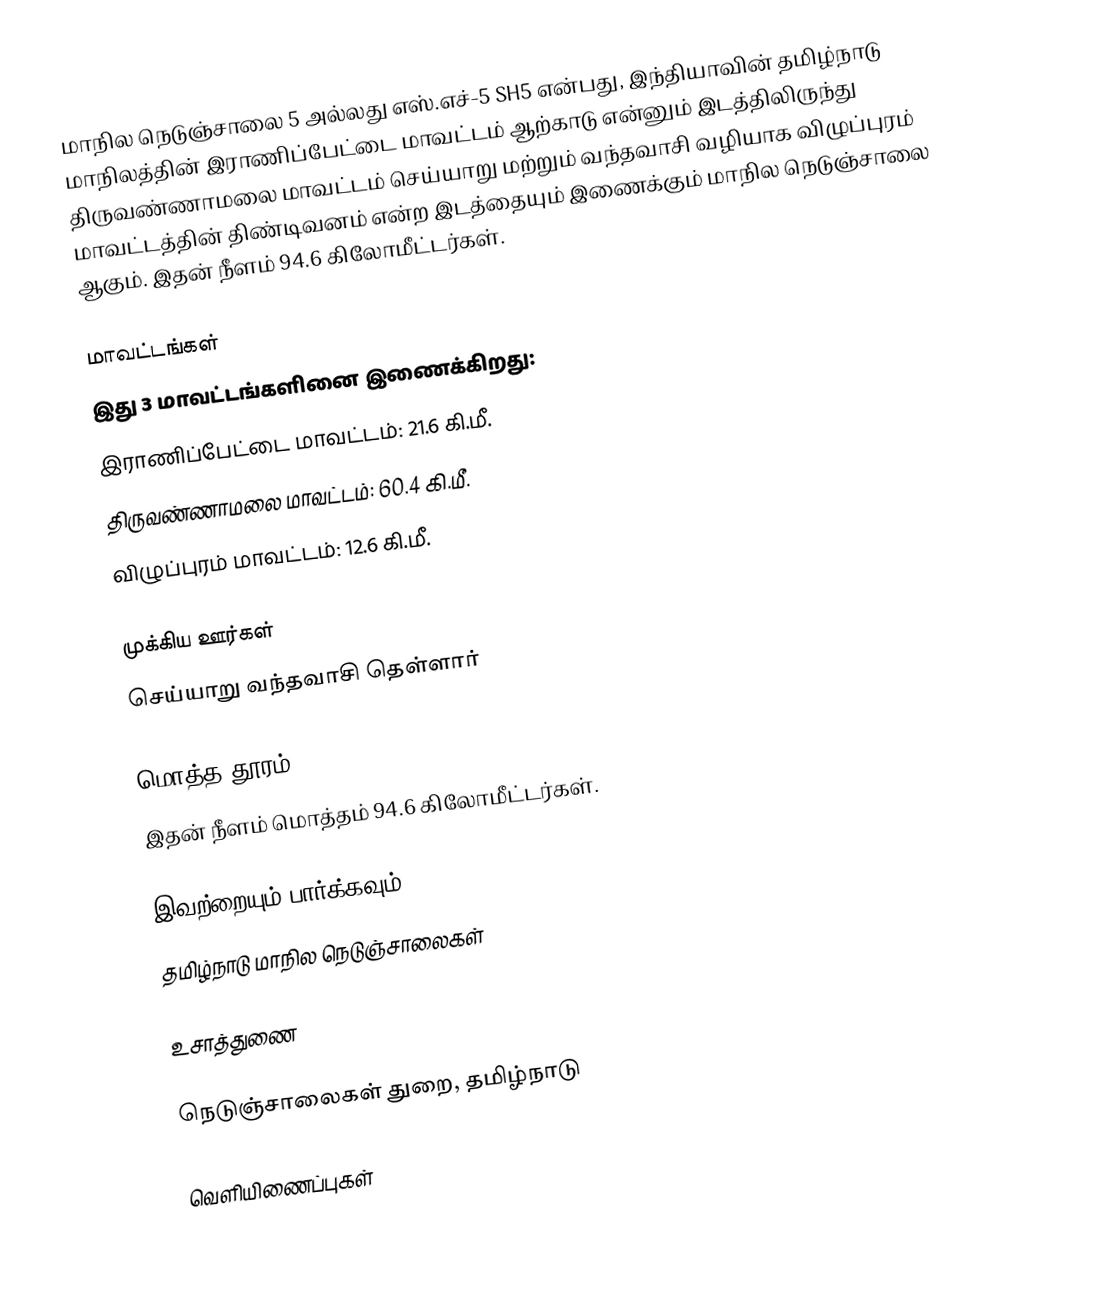
மாநில நெடுஞ்சாலை 5 அல்லது எஸ்.எச்-5 SH5 என்பது, இந்தியாவின் தமிழ்நாடு மாநிலத்தின் இராணிப்பேட்டை மாவட்டம் ஆற்காடு என்னும் இடத்திலிருந்து திருவண்ணாமலை மாவட்டம் செய்யாறு மற்றும் வந்தவாசி வழியாக விழுப்புரம் மாவட்டத்தின் திண்டிவனம் என்ற இடத்தையும் இணைக்கும் மாநில நெடுஞ்சாலை ஆகும். இதன் நீளம் 94.6 கிலோமீட்டர்கள்.

மாவட்டங்கள்
இது 3 மாவட்டங்களினை இணைக்கிறது:
 இராணிப்பேட்டை மாவட்டம்: 21.6 கி.மீ.
 திருவண்ணாமலை மாவட்டம்: 60.4 கி.மீ.
 விழுப்புரம் மாவட்டம்: 12.6 கி.மீ.

முக்கிய ஊர்கள்
செய்யாறு வந்தவாசி தெள்ளார்

மொத்த தூரம்
இதன் நீளம் மொத்தம் 94.6 கிலோமீட்டர்கள்.

இவற்றையும் பார்க்கவும்
 தமிழ்நாடு மாநில நெடுஞ்சாலைகள்

உசாத்துணை

 நெடுஞ்சாலைகள் துறை, தமிழ்நாடு

வெளியிணைப்புகள்